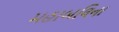
મહાબલિના